Civil Veterinary Department Bihar & Orissa reports 1922-29 - 1922-1929
Year: 1922
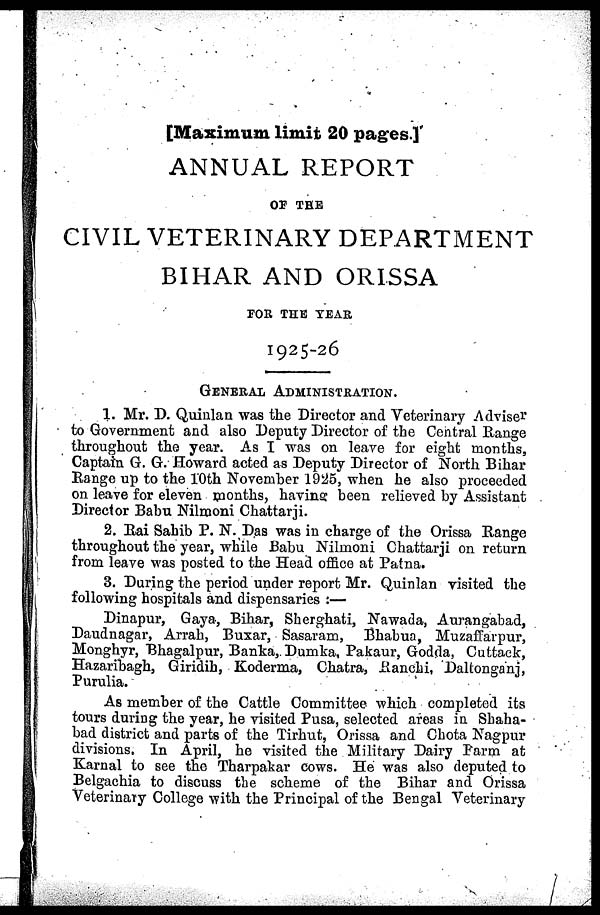
[Maximum limit 20 pages.]
ANNUAL REPORT
OF THE
CIVIL VETERINARY DERARTMENT
BIHAR AND ORISSA
FOR THE YEAR
1925-26
GENERAL ADMINISTRATION.
1. Mr. D. Quinlan was the Director and Veterinary Advise 1
to Government and also Deputy Director of the Central Range
throughout the year. As I was on leave for eight months,
Captain G. G. Howard acted as Deputy Director of North Bihar
Range up to the 10th November 1925, when he also proceeded
on leave for eleven months, having been relieved by Assistant
Director Babu Nilmoni Chattarji.
2. Rai Sahib P. N. Das was in charge of the Orissa Range
throughout the year, while Babu Nilmoni Chattarji on return
from leave was posted to the Head office at Patna.
3. During the period under report Mr. Quinlan visited the
following hospitals and dispensaries :—
Dinapur, Gaya, Bihar, Sherghati, Nawada, Aurangabad,
Daudnagar, Arrah, Buxar, Sasaram, Bhabua, Muzaffarpur,
Monghyr, Bhagalpur, Banka, Dumka, Pakaur, Godda, Cattack,
Hazarihagh, Giridih, Koderma, Chatra, Ranchi, Daltonga'nj,
Purulia.
As member of the Cattle Committee which completed its
tours during the year, he visited Pusa, selected areas in Sbaha-
bad district and parts of the Tirhut, Orissa and Chota Nagpur
divisions. In April, he visited the Military Dairy Farm at
Karnal to see the Tharpakar cows. He was also deputed to
Belgachia to discuss the scheme of the Bihar and Orissa
Veterinary College with the Principal of the Bengal Veterinary